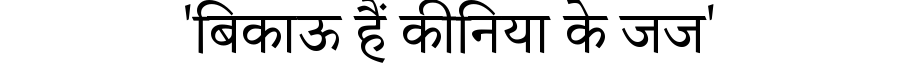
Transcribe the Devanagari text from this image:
'बिकाऊ हैं कीनिया के जज'